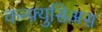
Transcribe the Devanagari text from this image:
कन्फ़्युसिअस